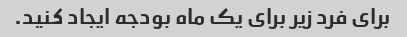
برای فرد زیر برای یک ماه بودجه ایجاد کنید.